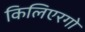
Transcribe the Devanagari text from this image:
किलिएरगो